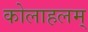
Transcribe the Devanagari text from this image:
कोलाहलम्